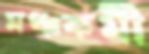
মঞ্চকর্মী